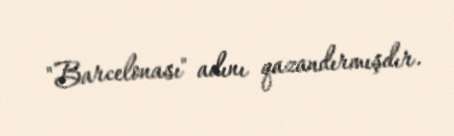
"Barcelonası" adını qazandırmışdır.